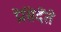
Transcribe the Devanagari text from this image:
प्रेसिदेंते